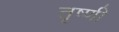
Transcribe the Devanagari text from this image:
तृष्णी